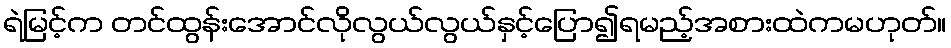
ရဲမြင့်က တင်ထွန်းအောင်လိုလွယ်လွယ်နှင့်ပြော၍ရမည့်အစားထဲကမဟုတ်။